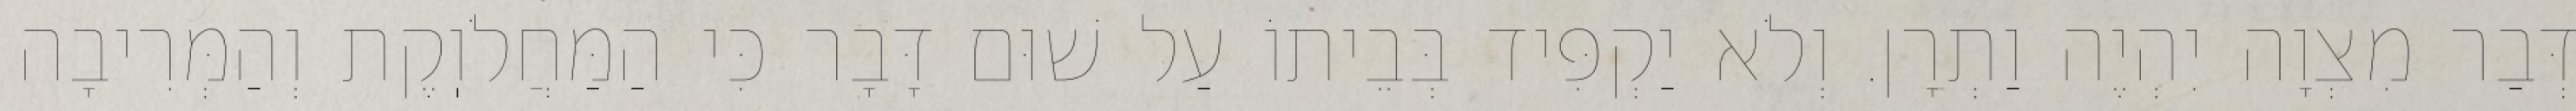
דְּבַר מִצְוָה יִהְיֶה וַתְרָן. וְלֹא יַקְפִּיד בְּבֵיתוֹ עַל שׁוּם דָּבָר כִּי הַמַּחֲלֹוֽקֶת וְהַמְּרִיבָה